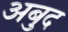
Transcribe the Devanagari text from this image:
अबुद